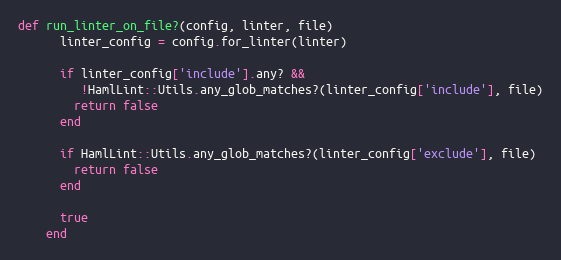
Language: Ruby
def run_linter_on_file?(config, linter, file)
      linter_config = config.for_linter(linter)

      if linter_config['include'].any? &&
         !HamlLint::Utils.any_glob_matches?(linter_config['include'], file)
        return false
      end

      if HamlLint::Utils.any_glob_matches?(linter_config['exclude'], file)
        return false
      end

      true
    end